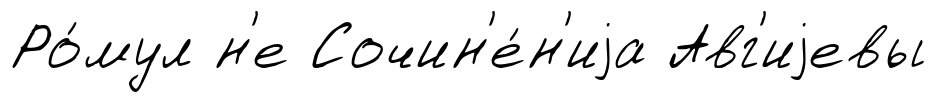
Ро́мул н'е Сочин'е́н'иjа Авг'иjевы